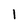
Character: 1